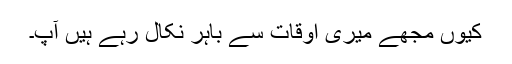
کیوں مجھے میری اوقات سے باہر نکال رہے ہیں آپ۔